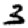
Digit: 3